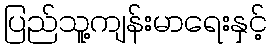
ပြည်သူ့ကျန်းမာရေးနှင့်